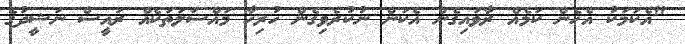
"އެކަމަކު އެހެން ކަމެއް ރާވައިގެން އެކަން ނުކުރެވިގެން ހުރިހާ މައްސަލަަތަކެއް ރައީސް ނަޝީދުގެ